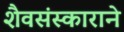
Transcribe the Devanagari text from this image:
शैवसंस्काराने